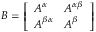
\boldsymbol { B } = \left[ \begin{array} { l l } { \boldsymbol { A } ^ { \alpha } } & { \boldsymbol { A } ^ { \alpha \beta } } \\ { \boldsymbol { A } ^ { \beta \alpha } } & { \boldsymbol { A } ^ { \beta } } \end{array} \right]